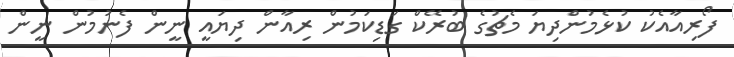
ފޯރިއާއެކު ކުޅެމުންދިޔަ މެޗުގެ ބުރޭކް ގަޑިކަމުން ރިއާން ދިޔައީ ނީން ފެނުމުން ނީން